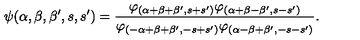
\psi ( \alpha , \beta , \beta ^ { \prime } , s , s ^ { \prime } ) = \frac { \varphi _ { ( \alpha + \beta + \beta ^ { \prime } , s + s ^ { \prime } ) } \varphi _ { ( \alpha + \beta - \beta ^ { \prime } , s - s ^ { \prime } ) } } { \varphi _ { ( - \alpha + \beta + \beta ^ { \prime } , - s + s ^ { \prime } ) } \varphi _ { ( \alpha - \beta + \beta ^ { \prime } , - s - s ^ { \prime } ) } } .